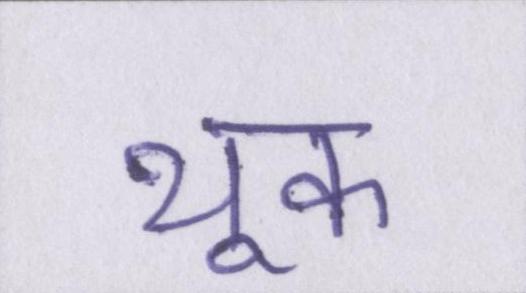
थूक